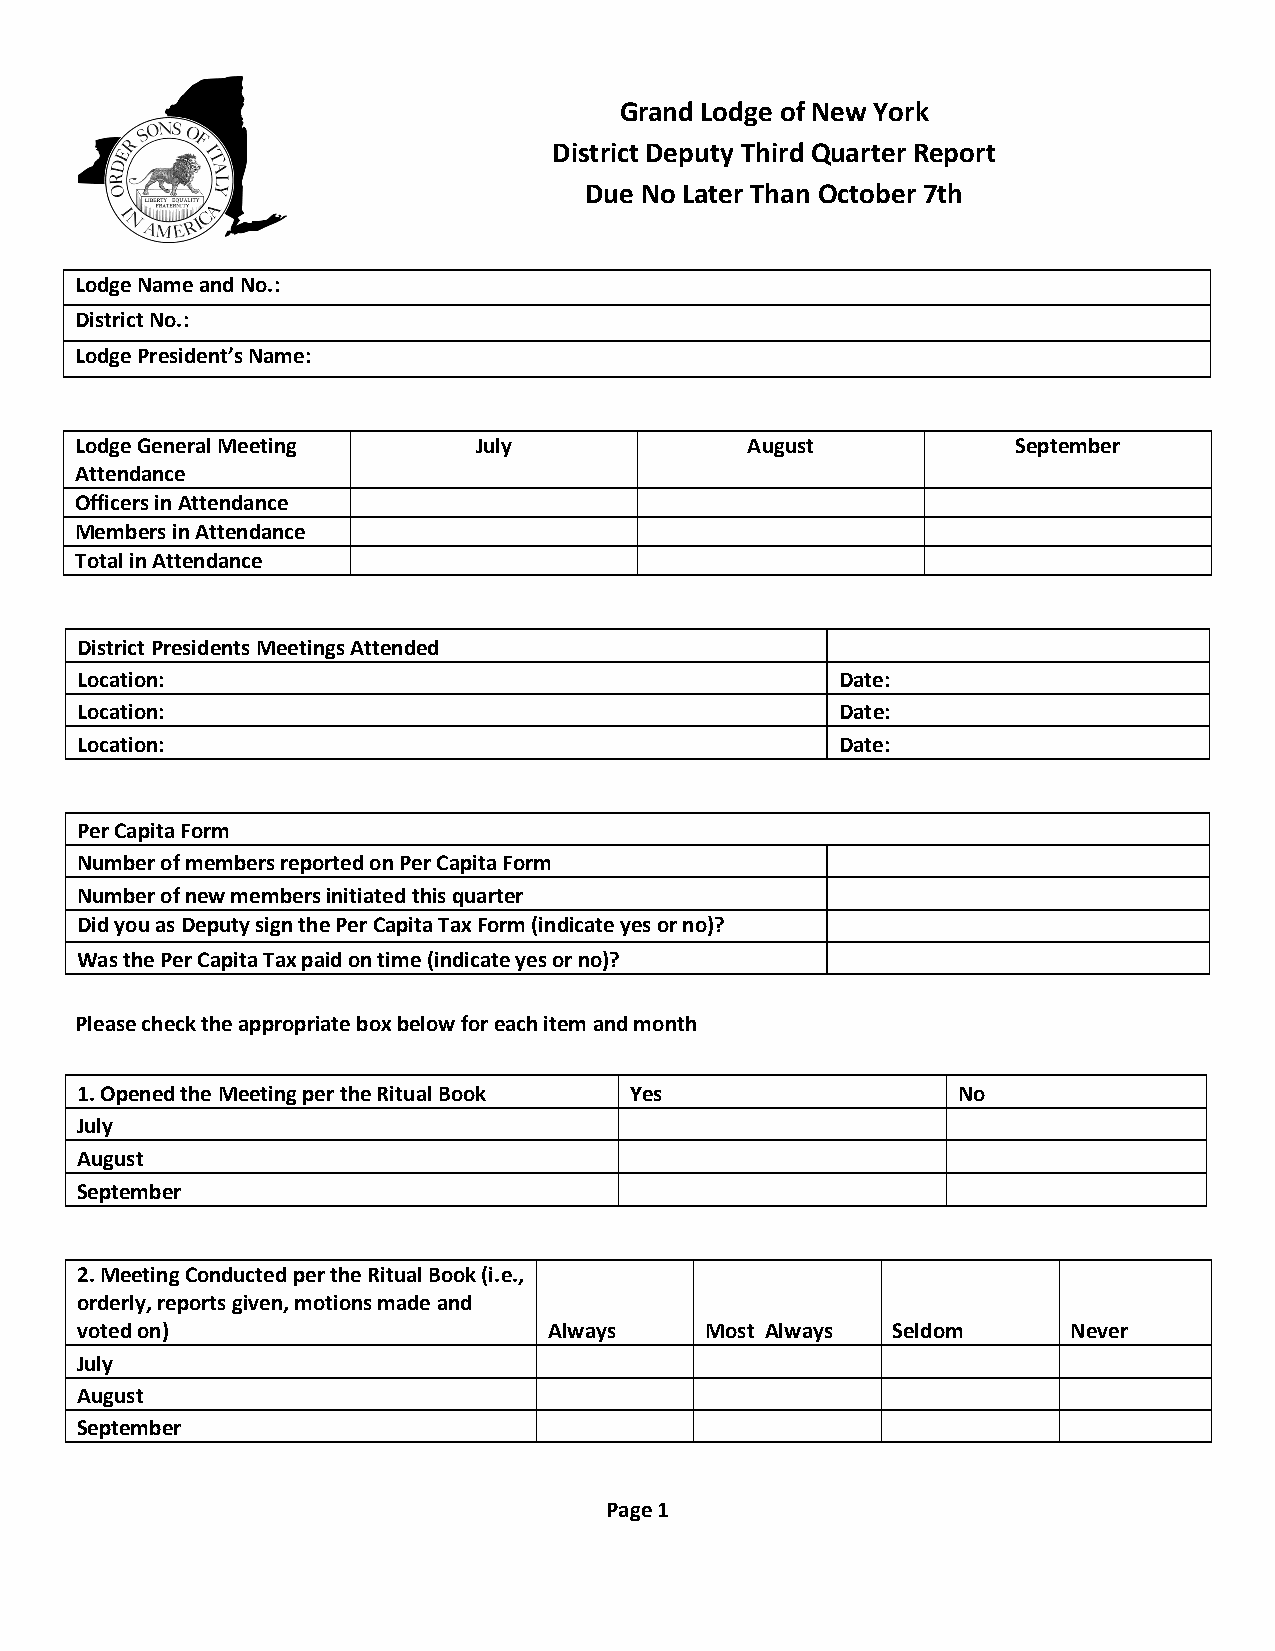
Grand Lodge of New York
 District Deputy Third Quarter Report
 Due No Later Than October 7th
 Lodge Name and No.:
 District No.:
 Lodge President’s Name:
 Lodge General Meeting     July              August            September
 Attendance
 Officers in Attendance
 Members in Attendance
 Total in Attendance
 District Presidents Meetings Attended
 Location:                                          Date:
 Location:                                          Date:
 Location:                                          Date:
 Per Capita Form
 Number of members reported on Per Capita Form
 Number of new members initiated this quarter
 Did you as Deputy sign the Per Capita Tax Form (indicate yes or no)?
 Was the Per Capita Tax paid on time (indicate yes or no)?
 Please check the appropriate box below for each item and month
 1. Opened the Meeting per the Ritual Book Yes             No
 July
 August
 September
 2. Meeting Conducted per the Ritual Book (i.e.,
 orderly, reports given, motions made and
 voted on)                      Always     Most Always Seldom      Never
 July
 August
 September
 Page 1